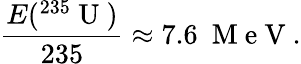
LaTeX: \frac{E(^{235}\mathrm{~U~})}{235}\approx 7.6~\mathrm{~M~e~V~}.